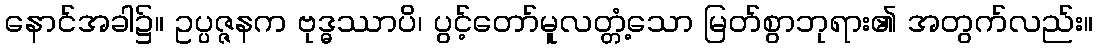
နောင်အခါ၌။ ဥပ္ပဇ္ဇနက ဗုဒ္ဓဿာပိ၊ ပွင့်တော်မူလတ္တံ့သော မြတ်စွာဘုရား၏ အတွက်လည်း။